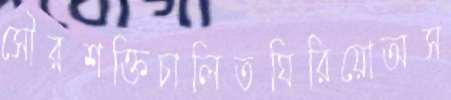
সৌরশক্তিচালিতঘিরিয়োঅস